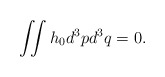
\begin{align*}\iint h_0 d^3pd^3q = 0.\end{align*}